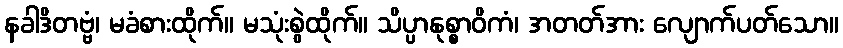
နခါဒိတဗ္ဗံ၊ မခံစားထိုက်။ မသုံးစွဲထိုက်။ သိပ္ပာနုစ္စာဝိကံ၊ အတတ်အား လျောက်ပတ်သော။